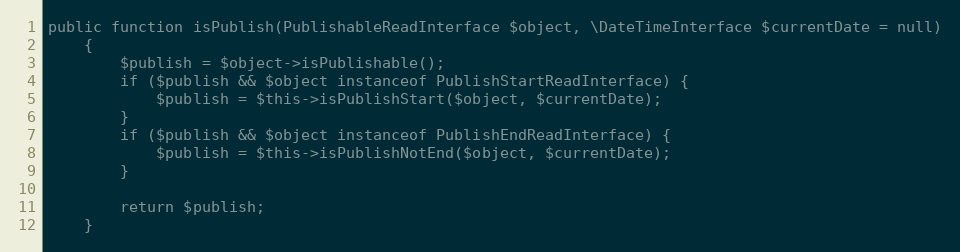
Language: PHP
public function isPublish(PublishableReadInterface $object, \DateTimeInterface $currentDate = null)
    {
        $publish = $object->isPublishable();
        if ($publish && $object instanceof PublishStartReadInterface) {
            $publish = $this->isPublishStart($object, $currentDate);
        }
        if ($publish && $object instanceof PublishEndReadInterface) {
            $publish = $this->isPublishNotEnd($object, $currentDate);
        }

        return $publish;
    }